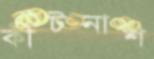
কীটনাশ